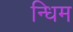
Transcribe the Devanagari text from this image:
न्धिम